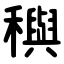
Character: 穥